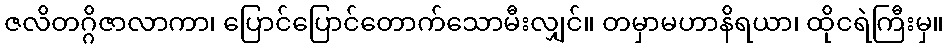
ဇလိတဂ္ဂိဇာလာကာ၊ ပြောင်ပြောင်တောက်သောမီးလျှင်။ တမှာမဟာနိရယာ၊ ထိုငရဲကြီးမှ။